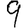
Digit: 9